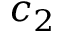
c _ { 2 }